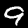
Digit: 9